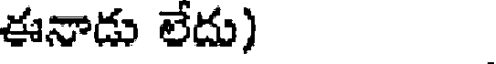
ఈనాడు లేదు)